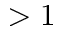
> 1